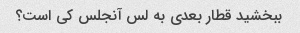
ببخشید قطار بعدی به لس آنجلس کی است؟